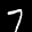
Label: 7